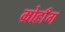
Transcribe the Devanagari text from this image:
म्रोहाँग